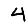
Digit: 4